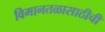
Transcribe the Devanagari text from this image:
विमानतळासाठीची